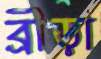
ব্রীড়া